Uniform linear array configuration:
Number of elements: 32
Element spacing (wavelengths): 0.25
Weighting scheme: exponential
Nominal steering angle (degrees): -45
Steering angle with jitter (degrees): -45.451
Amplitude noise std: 0.05
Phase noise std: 0.05

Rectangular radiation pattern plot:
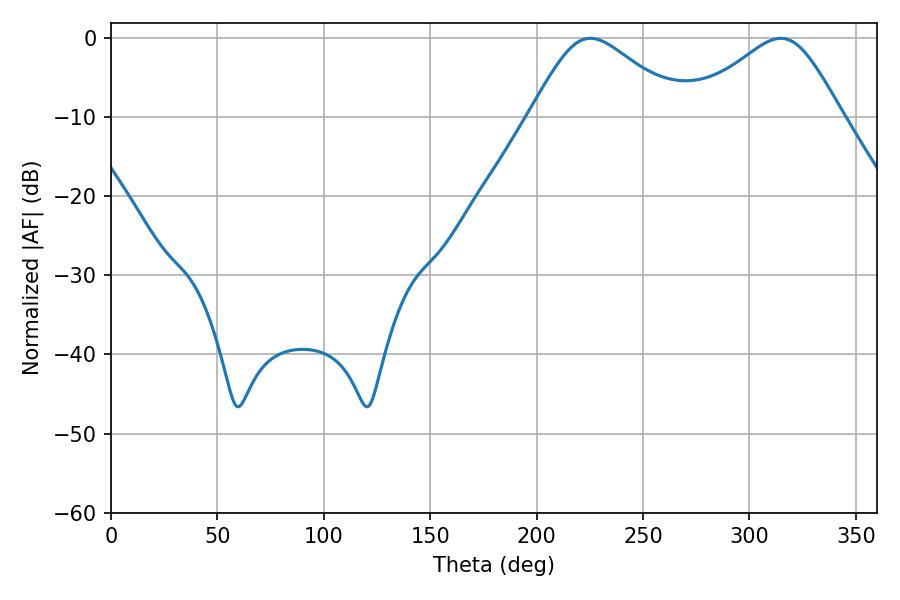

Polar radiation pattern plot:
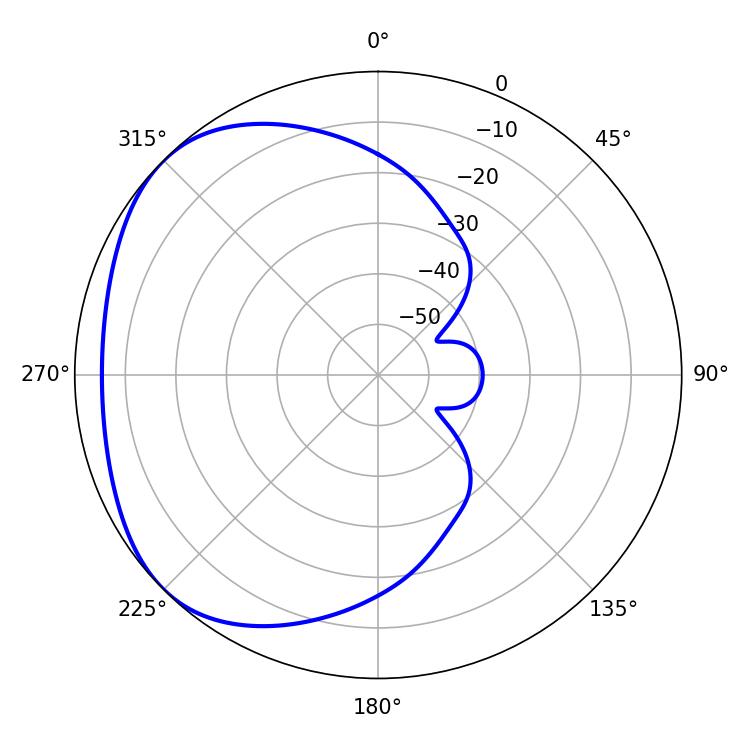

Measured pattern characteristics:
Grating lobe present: FALSE
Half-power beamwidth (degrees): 35.46
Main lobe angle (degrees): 225.18